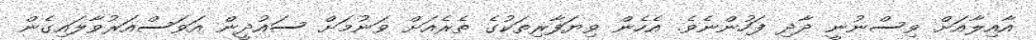
އާއިލާއަށް ވިސްނުނީ ދާދި ފަހުންނެވެ. އެހެން ވިޔަފާރިތަކުގެ ތެރެއަށް ވަނުމަށް ސައުދީން އަވަސްއަރުވާލައިގެން